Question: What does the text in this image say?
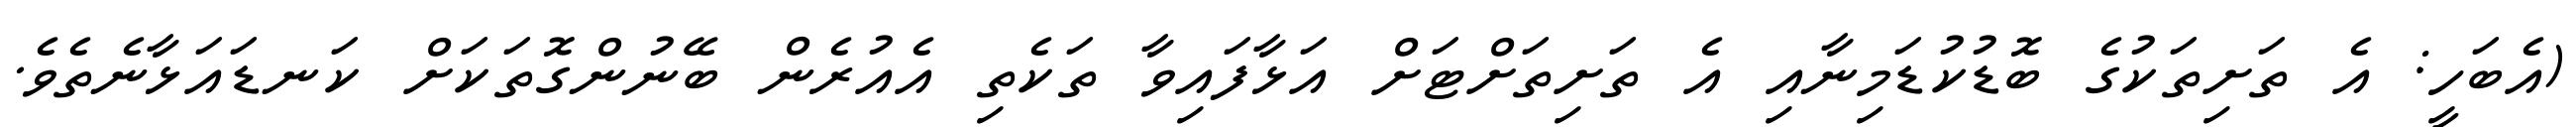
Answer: (އެބަހީ: އެ ތަށިތަކުގެ ބޮޑުކުޑަމިނާއި އެ ތަށިތަށްޓަށް އަޅާފައިވާ ތަކެތި އެއުރެން ބޭނުންގޮތަކަށް ކަނޑައަޅާނެތެވެ.